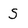
Character: S